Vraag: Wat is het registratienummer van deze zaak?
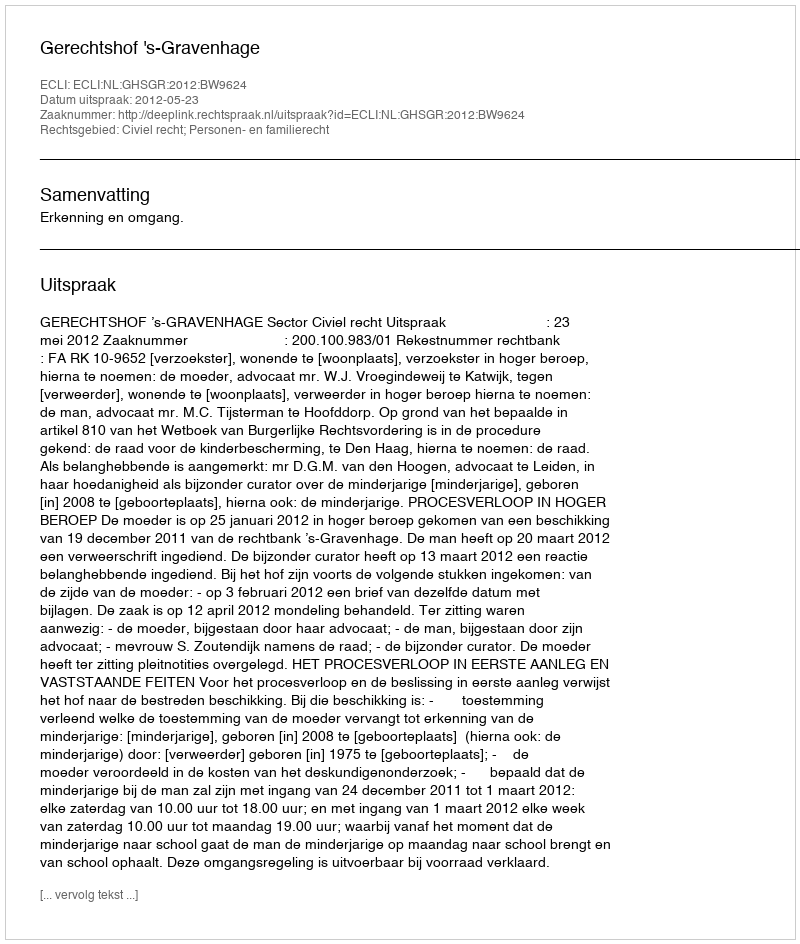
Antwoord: http://deeplink.rechtspraak.nl/uitspraak?id=ECLI:NL:GHSGR:2012:BW9624